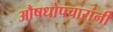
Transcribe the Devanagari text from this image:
औषधोपचारांनी